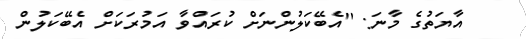
އާޔަތުގެ މާނަ: ''އެބޭކަލުންނަށް ކުރައްވާ އަމުރަކަށް އެބޭކަލުން